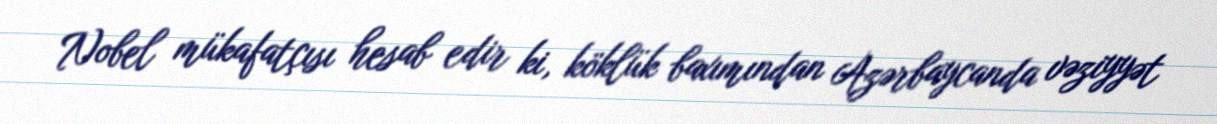
Nobel mükafatçısı hesab edir ki, köklük baxımından Azərbaycanda vəziyyət